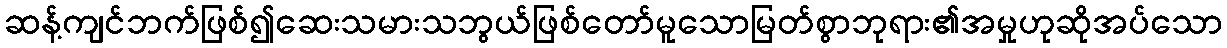
ဆန့်ကျင်ဘက်ဖြစ်၍ဆေးသမားသဘွယ်ဖြစ်တော်မူသောမြတ်စွာဘုရား၏အမှုဟုဆိုအပ်သော